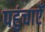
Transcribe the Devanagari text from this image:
पहुंचाऐँ